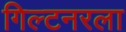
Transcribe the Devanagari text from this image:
गिल्टनरला